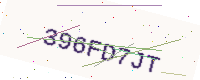
Text: 396FD7JT